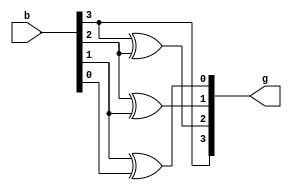
module bin_gray(input [3:0]b, output [3:0]g);

assign g[3]=b[3];
assign g[2]=b[3]^b[2];
assign g[1]=b[2]^b[1];
assign g[0]=b[1]^b[0];

endmodule